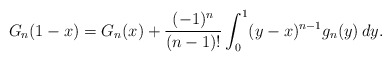
\begin{align*}G_n(1-x)=G_n(x)+\frac{(-1)^n}{(n-1)!}\int_0^1(y-x)^{n-1}g_n(y)\,dy.\end{align*}